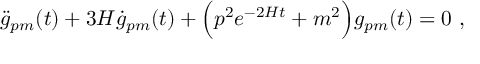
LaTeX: \ddot { g } _ { p m } ( t ) + 3 H \dot { g } _ { p m } ( t ) + \Bigl ( p ^ { 2 } e ^ { - 2 H t } + m ^ { 2 } \Bigr ) g _ { p m } ( t ) = 0 \ ,